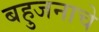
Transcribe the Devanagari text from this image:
बहुजनाचे